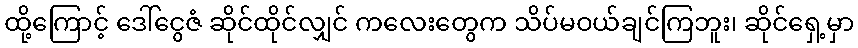
ထို့ကြောင့် ဒေါ်ငွေဇံ ဆိုင်ထိုင်လျှင် ကလေးတွေက သိပ်မဝယ်ချင်ကြဘူး၊ ဆိုင်ရှေ့မှာ